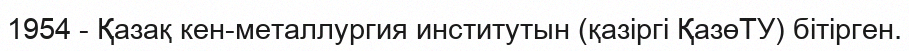
1954 - Қазақ кен-металлургия институтын (қазіргі ҚазөТУ) бітірген.